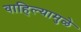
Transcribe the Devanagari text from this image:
वाहिल्यामुळे